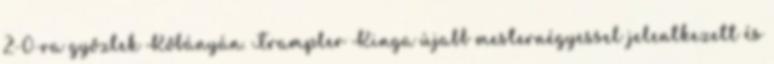
2-0-ra győztek Kőbányán. Trampler Kinga újabb mesternégyessel jelentkezett és